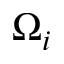
\Omega _ { i }